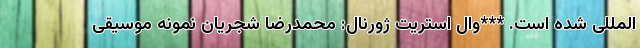
المللی شده است. ***وال استریت ژورنال: محمدرضا شجریان نمونه موسیقی